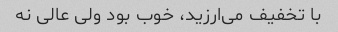
با تخفیف می‌ارزید، خوب بود ولی عالی نه